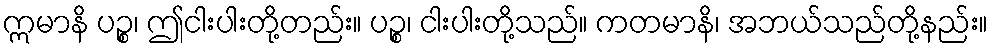
ဣမာနိ ပဉ္စ၊ ဤငါးပါးတို့တည်း။ ပဉ္စ၊ ငါးပါးတို့သည်။ ကတမာနိ၊ အဘယ်သည်တို့နည်း။